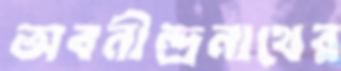
অবনীন্দ্রনাথের